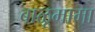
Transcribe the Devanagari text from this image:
बाळूमामा